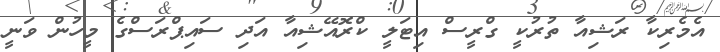
އެމެރިކާ ރަޝިއާ ތުރުކީ ގްރީސް އިޓަލީ ކްރޮއޭޝިއާ އަދި ސައިޕްރަސްގެ މީހުން ވަނީ